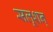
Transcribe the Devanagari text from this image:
सलूशन्